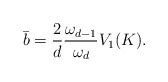
\begin{align*}\bar{b}=\frac{2}{d}\frac{\omega_{d-1}}{\omega_{d}}V_1(K).\end{align*}